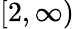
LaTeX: [2,\infty)